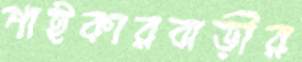
পাইকারবাড়ীর